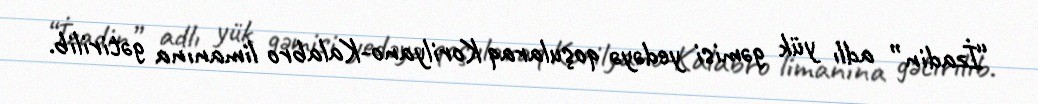
“İzadin” adlı yük gəmisi yedəyə qoşularaq Korilyano-Kalabro limanına gətirilib.